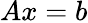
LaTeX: Ax=b